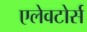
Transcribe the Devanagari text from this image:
एलेवटोर्स